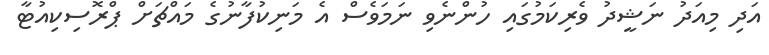
އަދި މިއަދު ނަޝީދު ވެރިކަމުގައި ހުންނެވި ނަމަވެސް އެ މަނިކުފާނުގެ މައްޗަށް ޕްރޮސިކިއުޓާ